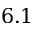
6 . 1